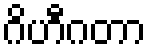
ဂိဟီဂတာ